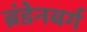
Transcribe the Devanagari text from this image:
ब्रंडेनबर्ग